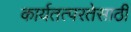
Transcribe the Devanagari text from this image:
कार्यतत्परतेसाठी